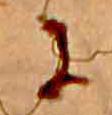
に